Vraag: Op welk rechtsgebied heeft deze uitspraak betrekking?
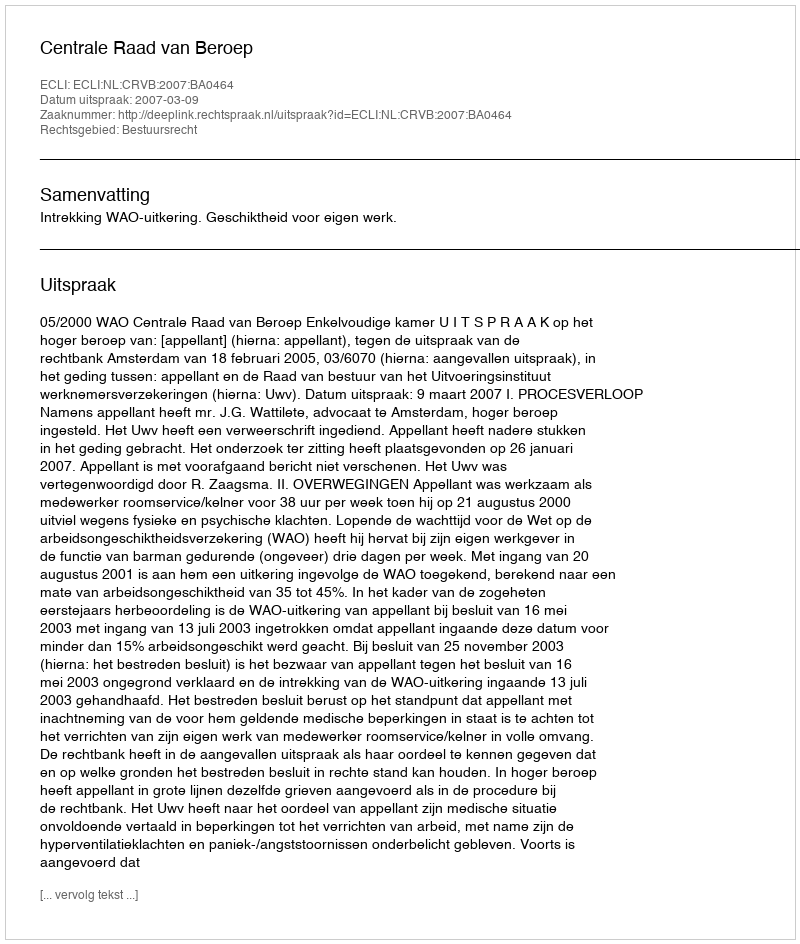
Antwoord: Bestuursrecht